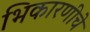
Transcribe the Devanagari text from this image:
भिकारणीचे